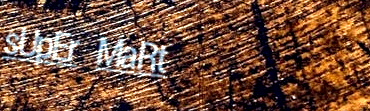
sUpEr MaRt